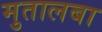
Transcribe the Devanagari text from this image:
मुतालबा